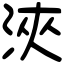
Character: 浹